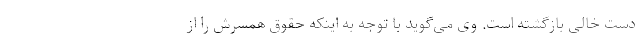
دست خالی بازگشته است. وی می‌گوید با توجه به اینکه حقوق همسرش را از